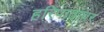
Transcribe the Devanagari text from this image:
हरिपाठावर